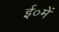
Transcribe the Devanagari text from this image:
ई०में